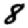
Digit: 8